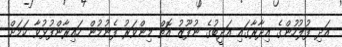
އަދި ފުލުހުންގެ އިދާރާގައި އަދީބުގެ ނުފޫޒު އޮތް މިންވަރު ފެނުމުން ހައިރާންފުޅުވާ ކަމަށް